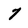
Character: 7